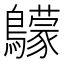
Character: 䴌